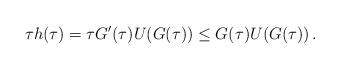
LaTeX: \begin{align*} \tau h(\tau) = \tau G'(\tau)U(G(\tau)) \leq G(\tau)U(G(\tau))\, .\end{align*}